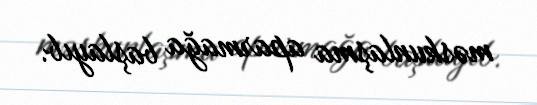
məskunlaşma aparmağa başlayıb.